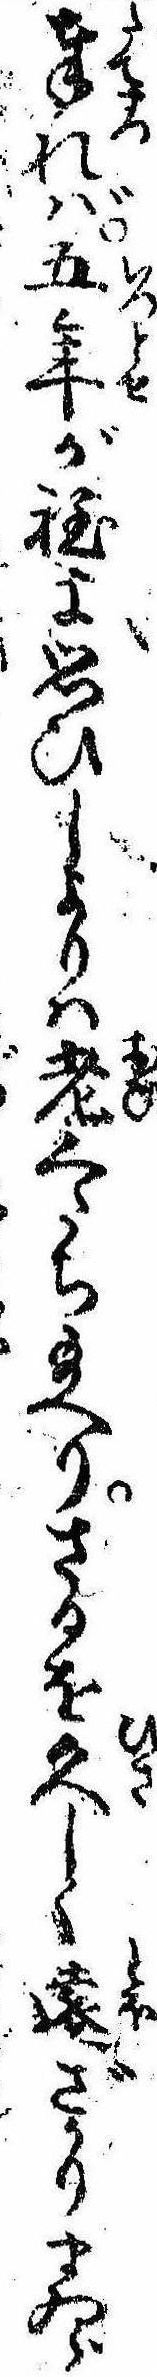
奉れば五年が程に思ひしよりは老くたち給へりさるを久しく遠ざかりまゐら